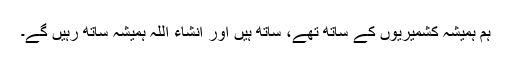
ہم ہمیشہ کشمیریوں کے ساتھ تھے، ساتھ ہیں اور انشاء اللہ ہمیشہ ساتھ رہیں گے۔